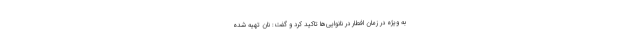
به ویژه در زمان افطار در نانوایی‌ها تاکید کرد و گفت: نان تهیه شده